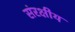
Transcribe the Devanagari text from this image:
संरक्षीय